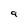
Character: a